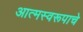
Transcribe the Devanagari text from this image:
आत्मस्वरूपाचे